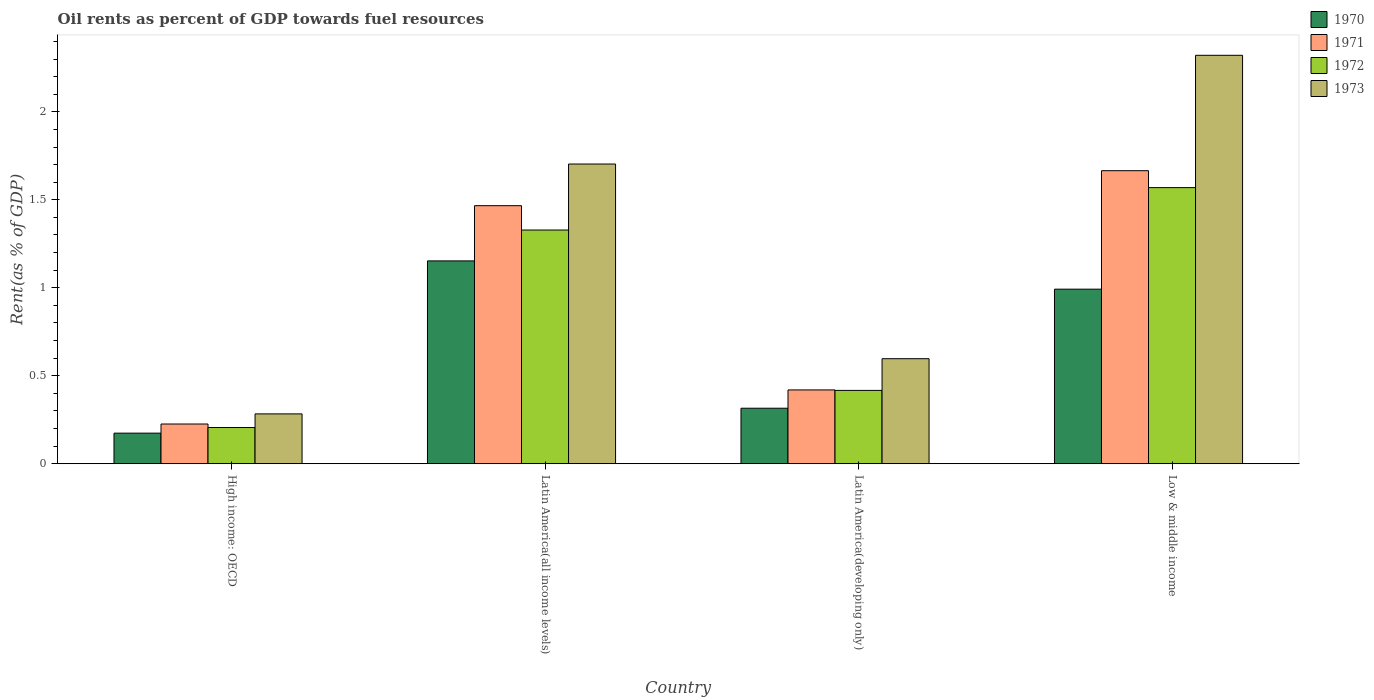
| Country | 1970 | 1971 | 1972 | 1973 |
 | --- | --- | --- | --- | --- |
 | High income: OECD | 0.174 | 0.226 | 0.206 | 0.283 |
 | Latin America(all income levels) | 1.15 | 1.47 | 1.33 | 1.7 |
 | Latin America(developing only) | 0.315 | 0.419 | 0.417 | 0.597 |
 | Low & middle income | 0.992 | 1.67 | 1.57 | 2.32 |